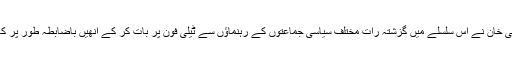
وفاقی وزیر داخلہ چوہدری نثار علی خان نے اس سلسلے میں گزشتہ رات مختلف سیاسی جماعتوں کے رہنماؤں سے ٹیلی فون پر بات کر کے انھیں باضابطہ طور پر کانفرنس میں شرکت کی دعوت دی۔